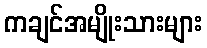
ကချင်အမျိုးသားများ